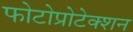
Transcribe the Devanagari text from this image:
फोटोप्रोटेक्शन